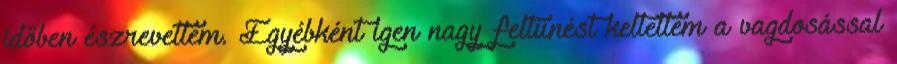
időben észrevettem. Egyébként igen nagy feltünést keltettem a vagdosással